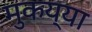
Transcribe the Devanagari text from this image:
मुकय्या